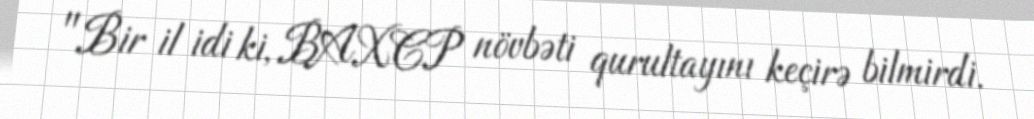
"Bir il idi ki, BAXCP növbəti qurultayını keçirə bilmirdi.